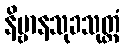
နိဗ္ဗာနသုခသုတ္တံ